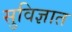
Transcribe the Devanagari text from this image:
सुविज्ञात